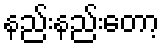
နည်းနည်းတော့